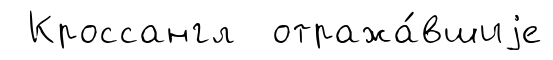
Кроссангл отража́вшиjе